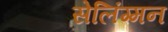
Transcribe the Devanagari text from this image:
सेलिंग्मन